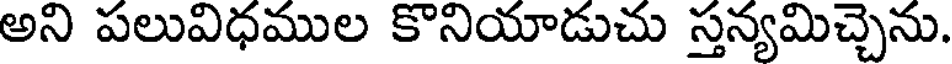
అని పలువిధముల కొనియాడుచు స్తన్యమిచ్చెను.